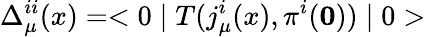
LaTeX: \Delta_{\mu}^{ii}(x)=<0\mid T(j_{\mu}^{i}(x),\pi^{i}(\mathbf 0))\mid 0>